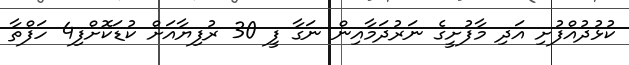
ކުޅުދުއްފުށި އަދި މާފުށީގެ ނަރުދަމާއިން ނަގާ ފީ 30 ރުފިޔާއަށް ކުޑަކޮށްފި4 ހަފްތާ